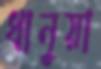
ধানুয়া